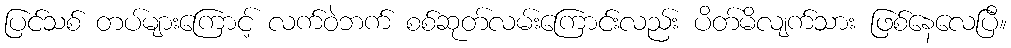
ပြင်သစ် တပ်များကြောင့် လက်ဝဲဘက် စစ်ဆုတ်လမ်းကြောင်းလည်း ပိတ်မိလျက်သား ဖြစ်နေလေပြီ။